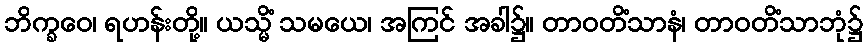
ဘိက္ခဝေ၊ ရဟန်းတို့။ ယသ္မိံ သမယေ၊ အကြင် အခါ၌။ တာဝတိံသာနံ၊ တာဝတိံသာဘုံ၌